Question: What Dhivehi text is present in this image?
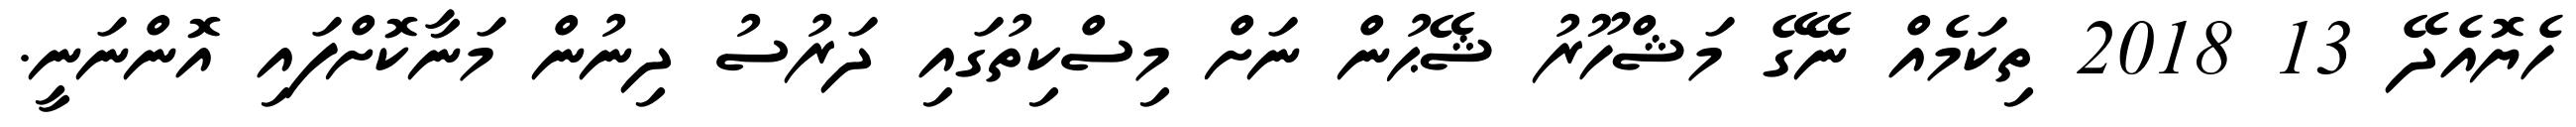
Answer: ހެޔޮއެދޭ 13 2018 ތިކަމެއް ނޭގޭ މަޝްހޫރު ޝޭޙުން ނަށް މިސްކިތުގައި ދަރުސު ދިނުން މަނާކޮށްފައި އޮންނަނީ.